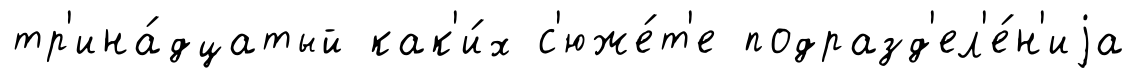
тр'ина́дцатый как'и́х с'юже́т'е подразд'ел'е́н'иjа